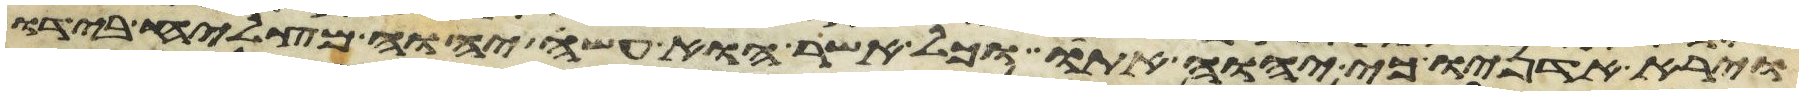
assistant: וירא אדניו כי יהוה אתו וכל אשר הוא עשה יהוה מצליח בידו